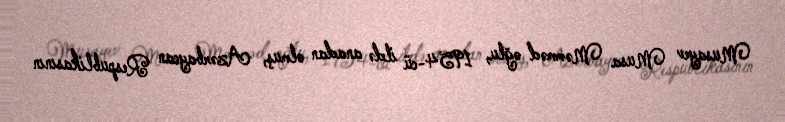
Musayev Musa Məmməd oğlu, 1954-cü ildə anadan olmuş, Azərbaycan Respublikasının